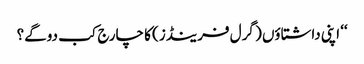
‘‘ اپنی داشتاؤں ( گرل فرینڈز) کا چارج کب دوگے؟